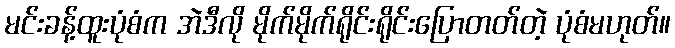
မင်းခန့်ထူးပုံစံက အဲဒီလို မိုက်မိုက်ရိုင်းရိုင်းပြောတတ်တဲ့ ပုံစံမဟုတ်။